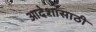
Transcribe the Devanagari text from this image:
आदेशासाठी